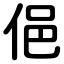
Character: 俋